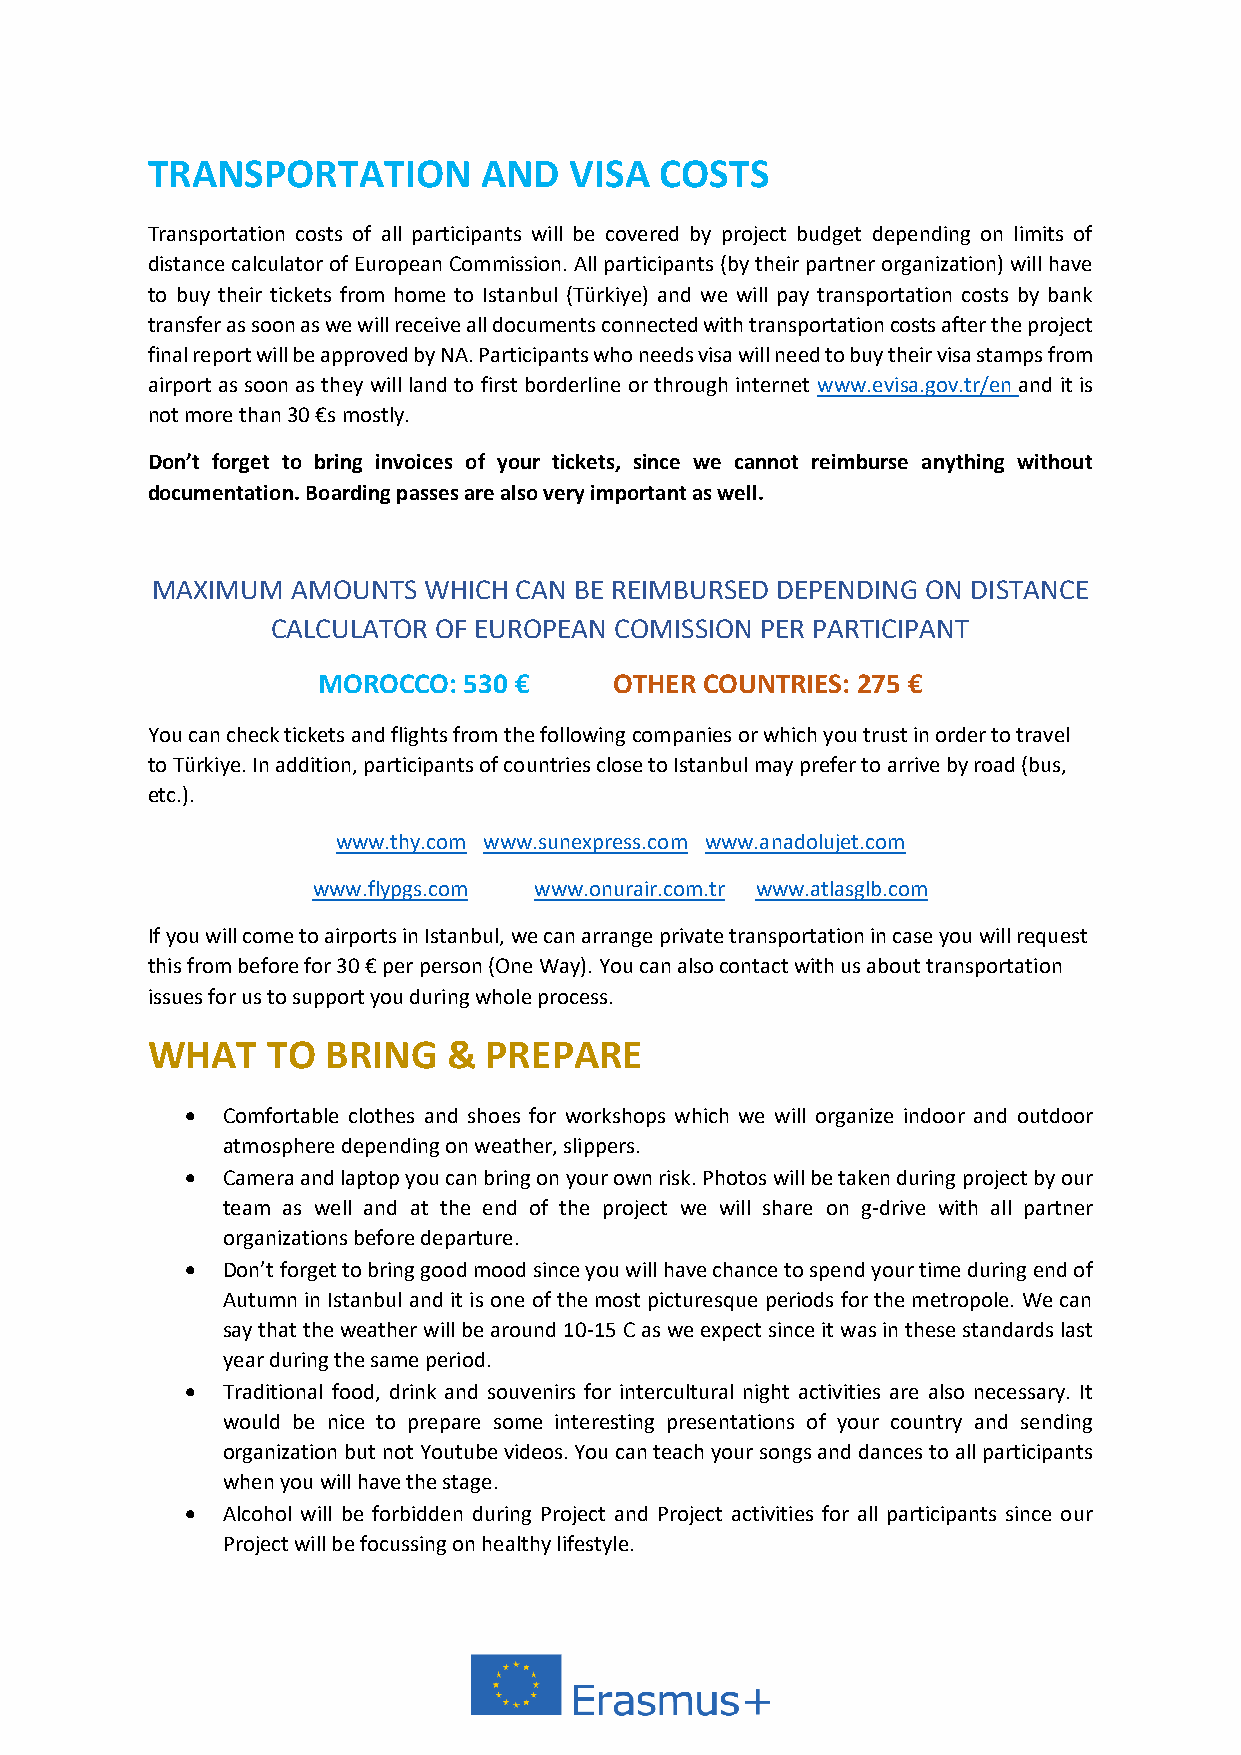
TRANSPORTATION        AND   VISA  COSTS
 Transportation costs of all participants will be covered by project budget depending on limits of
 distance calculator of European Commission. All participants (by their partner organization) will have
 to buy their tickets from home to Istanbul (Türkiye) and we will pay transportation costs by bank
 transfer as soon as we will receive all documents connected with transportation costs after the project
 final report will be approved by NA. Participants who needs visa will need to buy their visa stamps from
 airport as soon as they will land to first borderline or through internet www.evisa.gov.tr/en and it is
 not more than 30 €s mostly.
 Don’t forget to bring invoices of your tickets, since we cannot reimburse anything without
 documentation. Boarding passes are also very important as well.
 MAXIMUM  AMOUNTS  WHICH CAN BE REIMBURSED DEPENDING ON DISTANCE
 CALCULATOR OF EUROPEAN COMISSION PER PARTICIPANT
 MOROCCO:  530 €     OTHER COUNTRIES: 275 €
 You can check tickets and flights from the following companies or which you trust in order to travel
 to Türkiye. In addition, participants of countries close to Istanbul may prefer to arrive by road (bus,
 etc.).
 www.thy.com www.sunexpress.com www.anadolujet.com
 www.flypgs.com www.onurair.com.tr www.atlasglb.com
 If you will come to airports in Istanbul, we can arrange private transportation in case you will request
 this from before for 30 € per person (One Way). You can also contact with us about transportation
 issues for us to support you during whole process.
 WHAT    TO  BRING   & PREPARE
 •  Comfortable clothes and shoes for workshops which we will organize indoor and outdoor
 atmosphere depending on weather, slippers.
 •  Camera and laptop you can bring on your own risk. Photos will be taken during project by our
 team as well and at the end of the project we will share on g-drive with all partner
 organizations before departure.
 •  Don’t forget to bring good mood since you will have chance to spend your time during end of
 Autumn in Istanbul and it is one of the most picturesque periods for the metropole. We can
 say that the weather will be around 10-15 C as we expect since it was in these standards last
 year during the same period.
 •  Traditional food, drink and souvenirs for intercultural night activities are also necessary. It
 would be nice to prepare some interesting presentations of your country and sending
 organization but not Youtube videos. You can teach your songs and dances to all participants
 when you will have the stage.
 •  Alcohol will be forbidden during Project and Project activities for all participants since our
 Project will be focussing on healthy lifestyle.